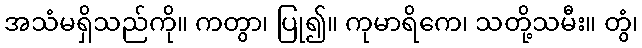
အသံမရှိသည်ကို။ ကတွာ၊ ပြု၍။ ကုမာရိကေ၊ သတို့သမီး။ တွံ၊